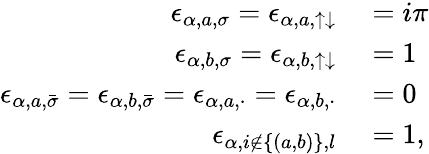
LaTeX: \begin{array}{rl}{\epsilon_{\alpha,a,\sigma}=\epsilon_{\alpha,a,\uparrow\downarrow}}&{{}=i\pi}\\ {\epsilon_{\alpha,b,\sigma}=\epsilon_{\alpha,b,\uparrow\downarrow}}&{{}=1}\\ {\epsilon_{\alpha,a,\bar{\sigma}}=\epsilon_{\alpha,b,\bar{\sigma}}=\epsilon_{\alpha,a,\cdot}=\epsilon_{\alpha,b,\cdot}}&{{}=0}\\ {\epsilon_{\alpha,i\not\in\{ (a,b)\} ,l}}&{{}=1,}\end{array}